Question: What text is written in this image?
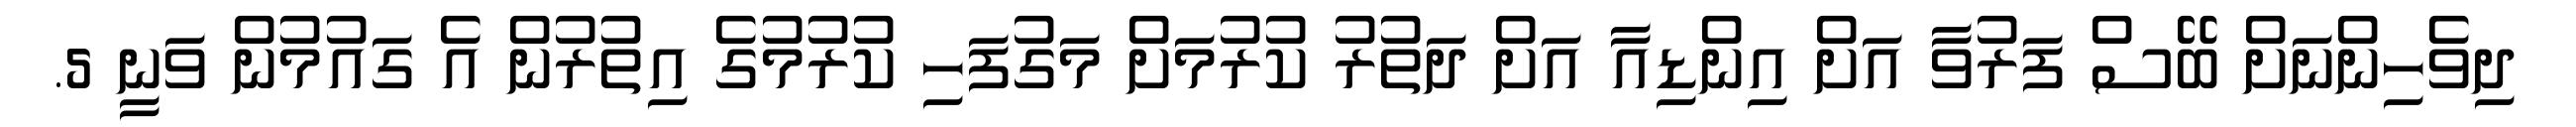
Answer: ދިވެހިންނަށް ބޭސް ފަރުވާ އަށް އިންޑިއާ އަށް ދަތުރު ކުރުމަށް މަގުފަހި ކުރުމުގެ އިތުރުން އެ ގައުމުން ވަނީ 5.